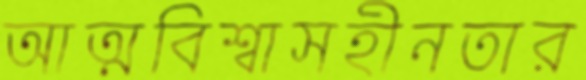
আত্মবিশ্বাসহীনতার